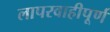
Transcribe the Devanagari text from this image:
लापरवाहीपूर्ण